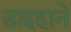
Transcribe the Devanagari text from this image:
डाइहाने